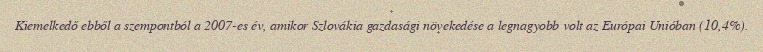
Kiemelkedő ebből a szempontból a 2007-es év, amikor Szlovákia gazdasági növekedése a legnagyobb volt az Európai Unióban (10,4%).